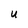
Character: U